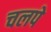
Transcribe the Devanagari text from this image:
चलपे